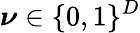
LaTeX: {\boldsymbol{\nu}}\in\{ 0,1\} ^{D}